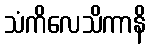
သံကိလေသိကာနိ